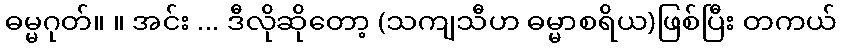
ဓမ္မဂုတ်။ ။ အင်း ... ဒီလိုဆိုတော့ (သကျသီဟ ဓမ္မာစရိယ)ဖြစ်ပြီး တကယ်